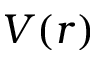
V ( r )